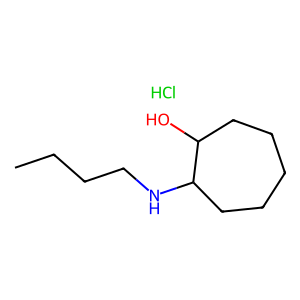
SMILES: CCCCNC1CCCCCC1O.Cl
Inhibits HIV replication: No